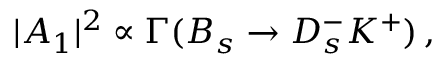
| A _ { 1 } | ^ { 2 } \propto \Gamma ( B _ { s } \to D _ { s } ^ { - } K ^ { + } ) \, ,